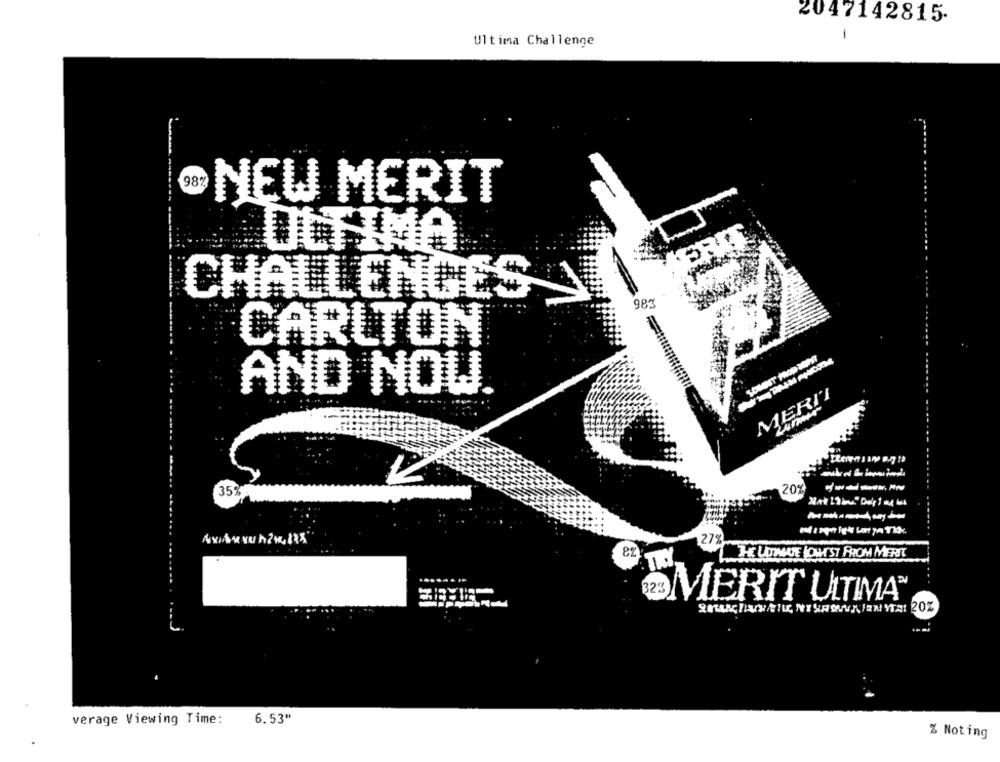
2047142815.
1
Ultima Challenge
98%
NEW MERIT
ULTIMA
CHALLENGES
983
CARLTON
AND NOW
MERII
35%.
20%
JE LUIMAGE LOWEST FROM MERT
TRY
......
325 MERIT ULTIMA
verage Viewing Time:
6.53"
% Noting